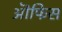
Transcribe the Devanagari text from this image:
ऒफिस